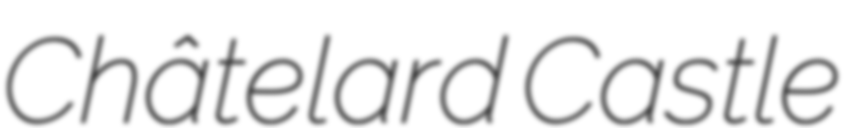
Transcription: Châtelard Castle